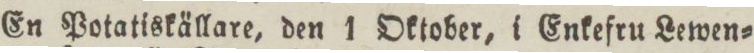
En Potatiskällare, den 1 Oktober, i Enkefru Lewen=